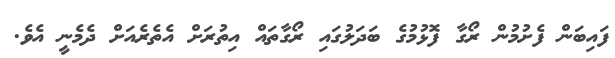
ފައިބަން ފެށުމުން ރޯގާ ފޮޅުމުގެ ބަދަލުގައި ރޯގާތައް އިތުރަށް އެތެރެއަށް ދެމެނީ އެވެ.